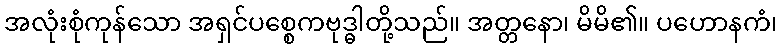
အလုံးစုံကုန်သော အရှင်ပစ္စေကဗုဒ္ဓါတို့သည်။ အတ္တနော၊ မိမိ၏။ ပဟောနကံ၊